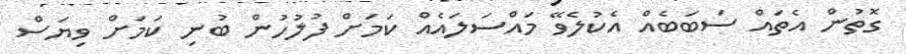
ގޮތުން އެތައް ސަބަބެއް އެކުލެވޭ މައްސަލައެއް ކަމަށް ފުލުހުން ބުނި ކަމަށް ވިޔަސް